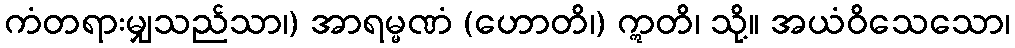
ကံတရားမျှသည်သာ၊) အာရမ္မဏံ (ဟောတိ၊) ဣတိ၊ သို့။ အယံဝိသေသော၊